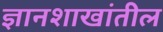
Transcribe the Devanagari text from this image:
ज्ञानशाखांतील